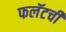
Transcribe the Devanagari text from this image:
फलॅटची